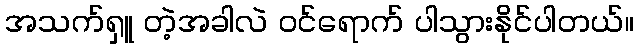
အသက်ရှူ တဲ့အခါလဲ ဝင်ရောက် ပါသွားနိုင်ပါတယ်။